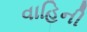
વાહિની